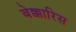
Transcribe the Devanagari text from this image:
बेक्कारिस